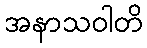
အနာသဝါတိ